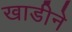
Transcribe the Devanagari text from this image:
खाडीने